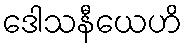
ဒေါသနီယေဟိ